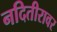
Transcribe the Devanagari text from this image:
नदितीरावर